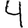
Digit: 4